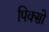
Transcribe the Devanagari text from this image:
पिक्सो